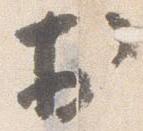
於